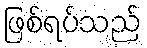
ဖြစ်ရပ်သည်